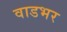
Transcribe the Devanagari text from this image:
वाडभर